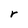
Character: r